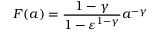
F ( a ) = \frac { 1 - \gamma } { 1 - \varepsilon ^ { 1 - \gamma } } a ^ { - \gamma }